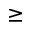
\geq